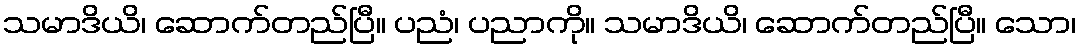
သမာဒိယိ၊ ဆောက်တည်ပြီ။ ပညံ၊ ပညာကို။ သမာဒိယိ၊ ဆောက်တည်ပြီ။ သော၊